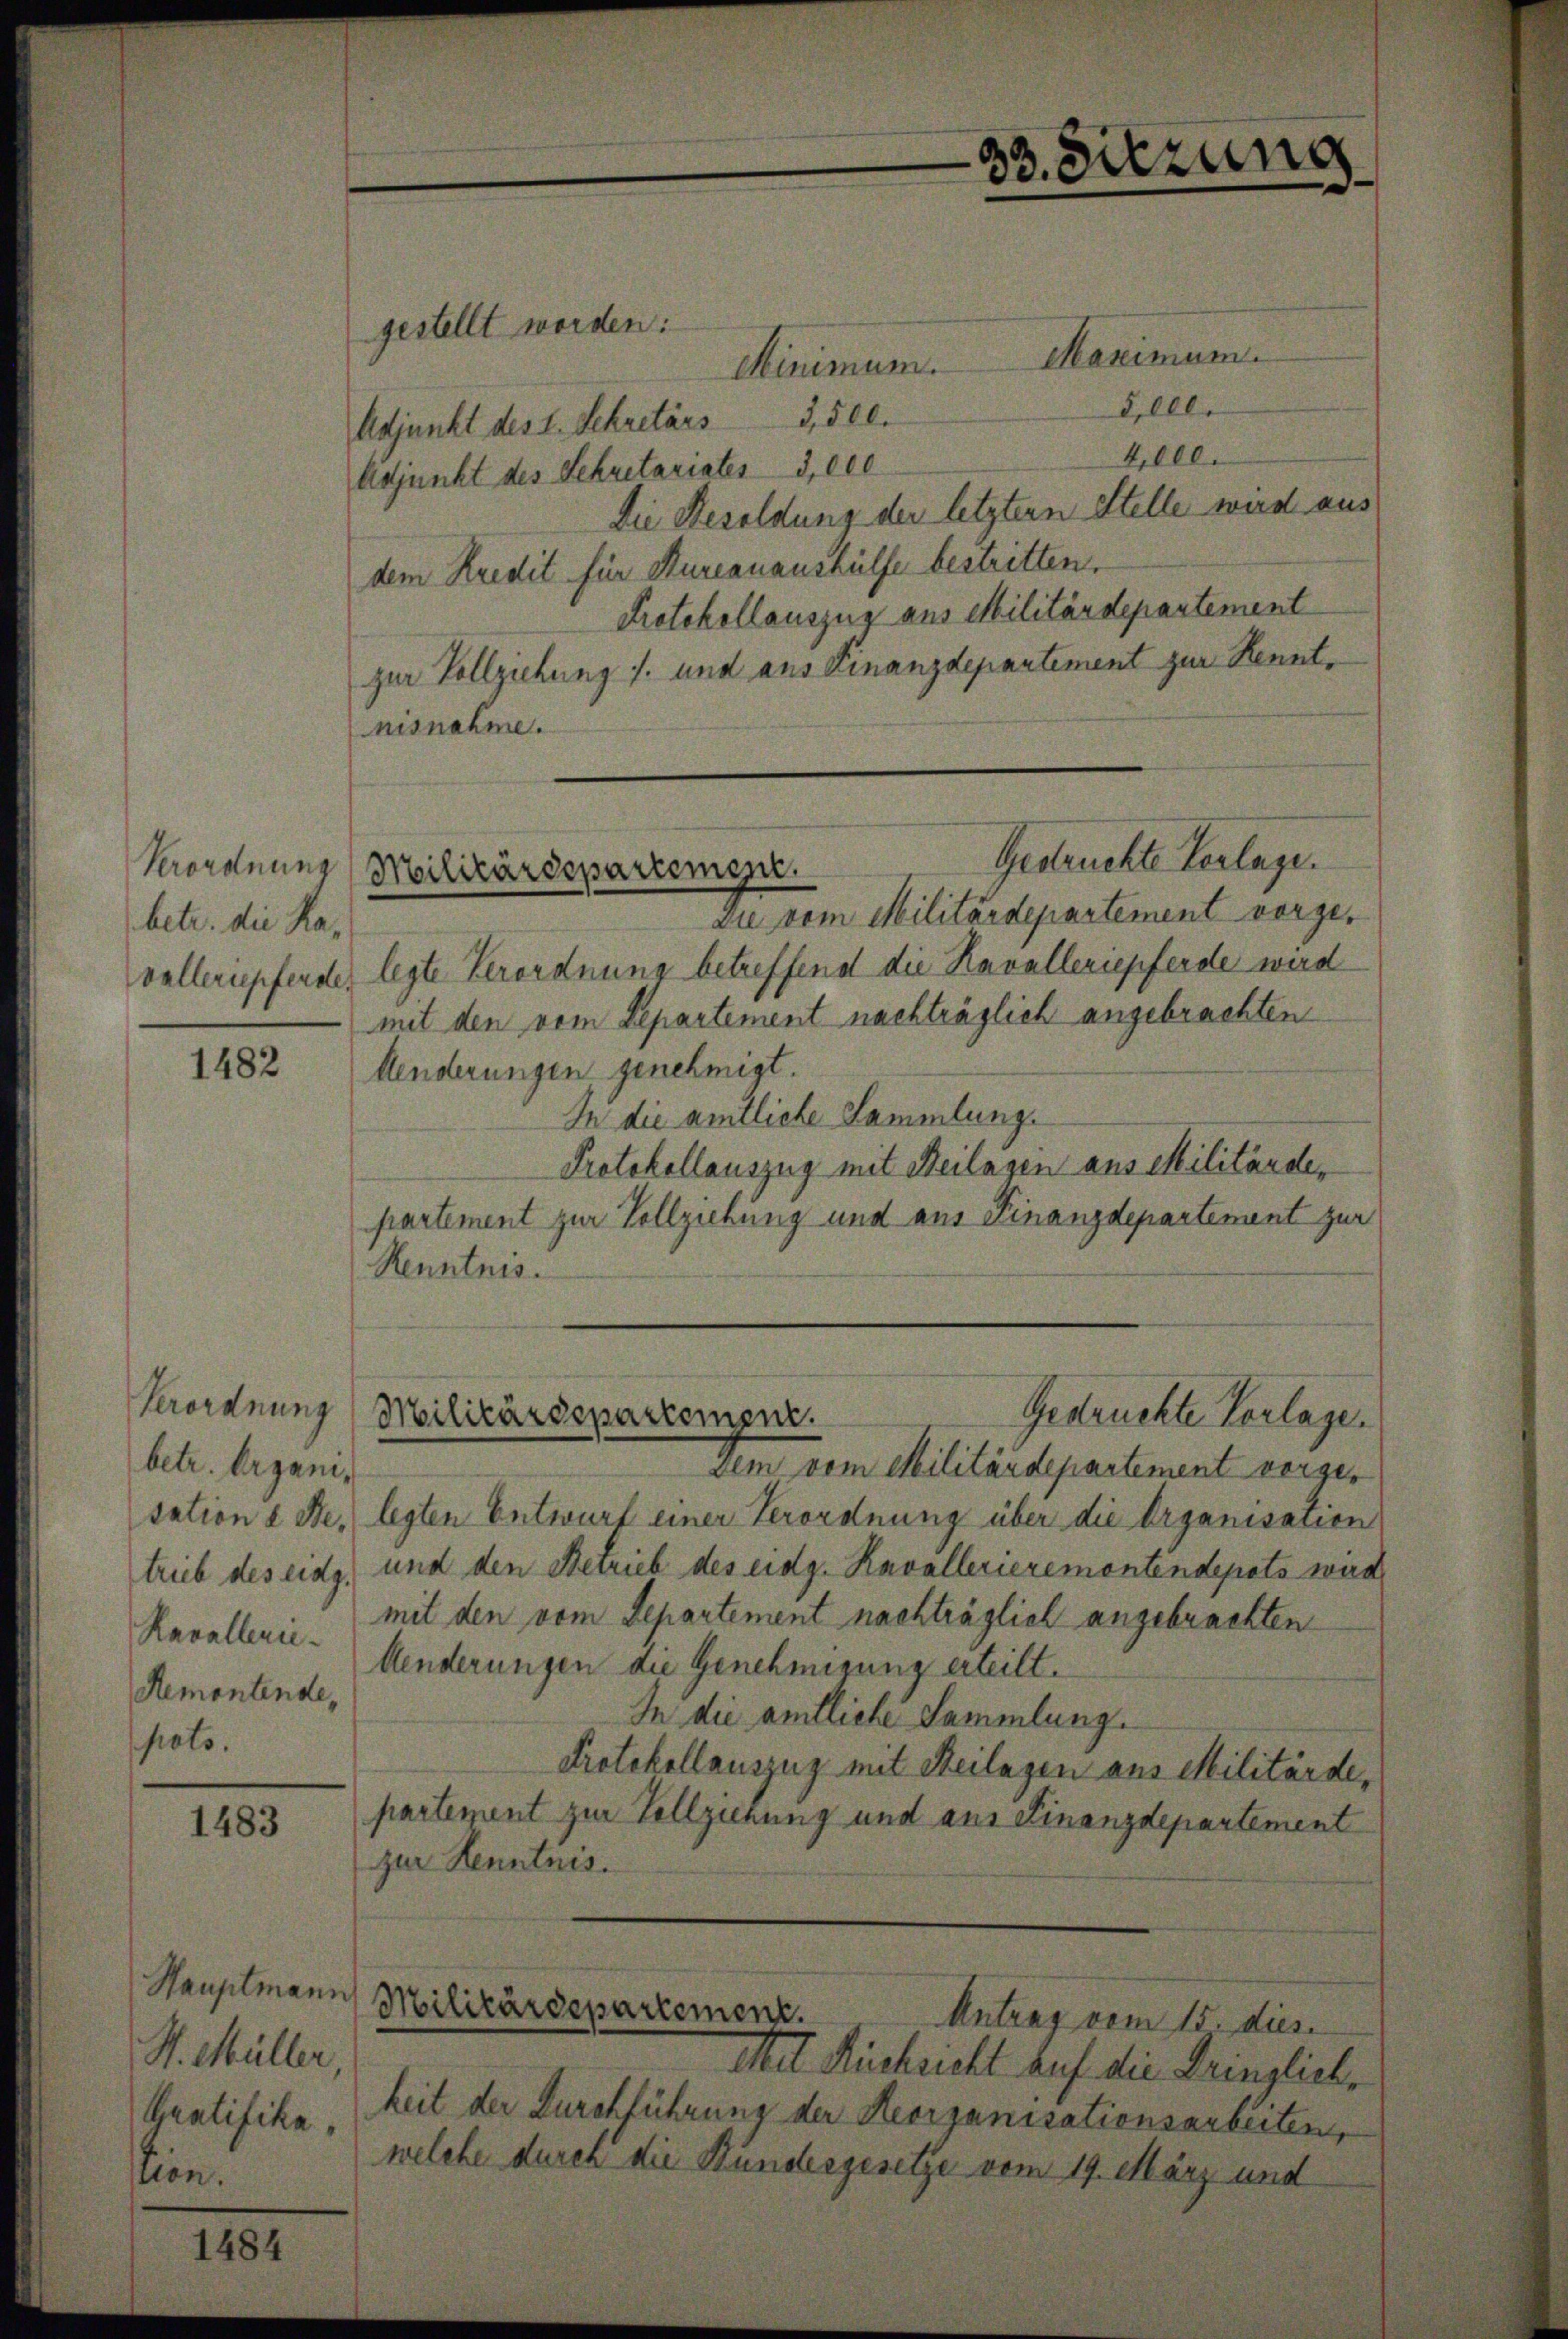
Verordnung
betr. die Kavelleriepferde.

1482

Verordnung
betr. Organisation d Betrieb des eidg.
Ravallerie-
Remontende,
poto.

1483

Hauptmann
S. Müller
Gratifika
tion.

1484

s

33. Sitzung

gestellt worden:
Minimum. Maximum
2,000.
Adjunkt des I. Sekretärs 3, 560.
4,000.
Adjunkt des Sekretariates 3,000
Die Besoldung der letztern Stelle wird aus
dem Kredit für Kurcanaushülfe bestritten.
Protokollauszug aus Militärdepartement
zur Vollziehung s. und aus Finanzdepartement zur Kenntnisnahme.

Gedruckte Verlage.
Militärdepartement.

Die vom Militärdepartement vorgelegte Verordnung betreffend die Kavalleriepferde wird
mit den vom Departement nachträglich angebrachten
Aenderungen genehmigt.
In die amtliche Sammlung.
Protokollauszug mit Beilagen aus Militärder
partement zur Vollziehung und aus Finanzdepartement zur
Renntnis.
Dem vom Militärdepartement vergelegten Entwurf einer Verordnung über die Organisation
und den Betrieb des eidg. Kavallerieremontendepots wird
mit den vom Departement nachträglich angebrachten
Aenderungen die Genehmigung erteilt.
In die amtliche Sammlung.
Protokollauszug mit Heilagen aus Militärdepartement zur Vollziehung und aus Finanzdepartement
zur Kenntnis.
Militärdepartement.
Antrag vom 15. dies
Mit Rücksicht auf die Dringliche
keit der Durchführung der Reorganisationsarbeiten,
welche duren die Bundesgesetze vom 19. März und

Gedruckte Vorlagen
Militärdepartement.